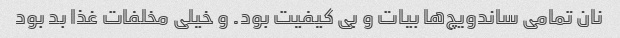
نان تمامی ساندویچ‌ها بیات و بی کیفیت بود. و خیلی مخلفات غذا بد بود